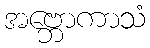
အဗ္ဘောကာသံ